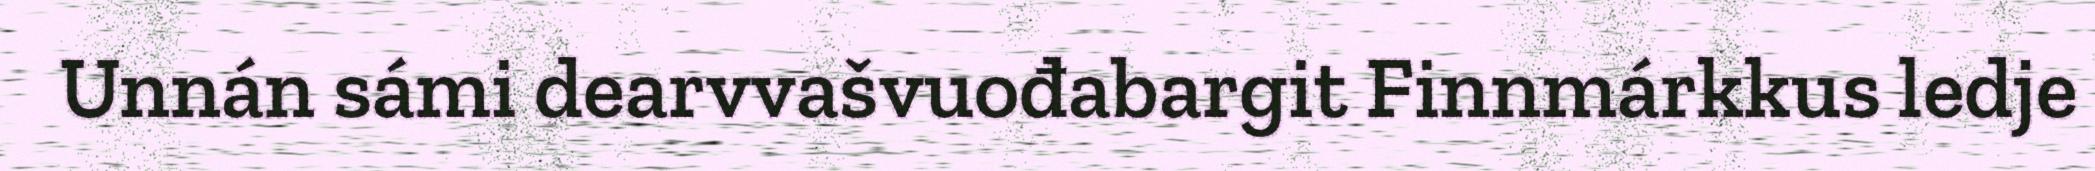
Unnán sámi dearvvašvuođabargit Finnmárkkus ledje